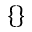
\{ \}